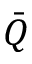
\bar { Q }